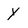
Character: y